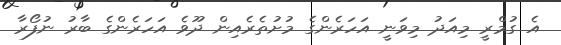
އެ ގުމްރީ މިއަދު މިވަނީ އަހަރެންގެ މުށުތެރެއިން ދޫވެ އަހަރެންގެ ބާރު ނުފޯރާ